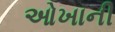
ઓખાની